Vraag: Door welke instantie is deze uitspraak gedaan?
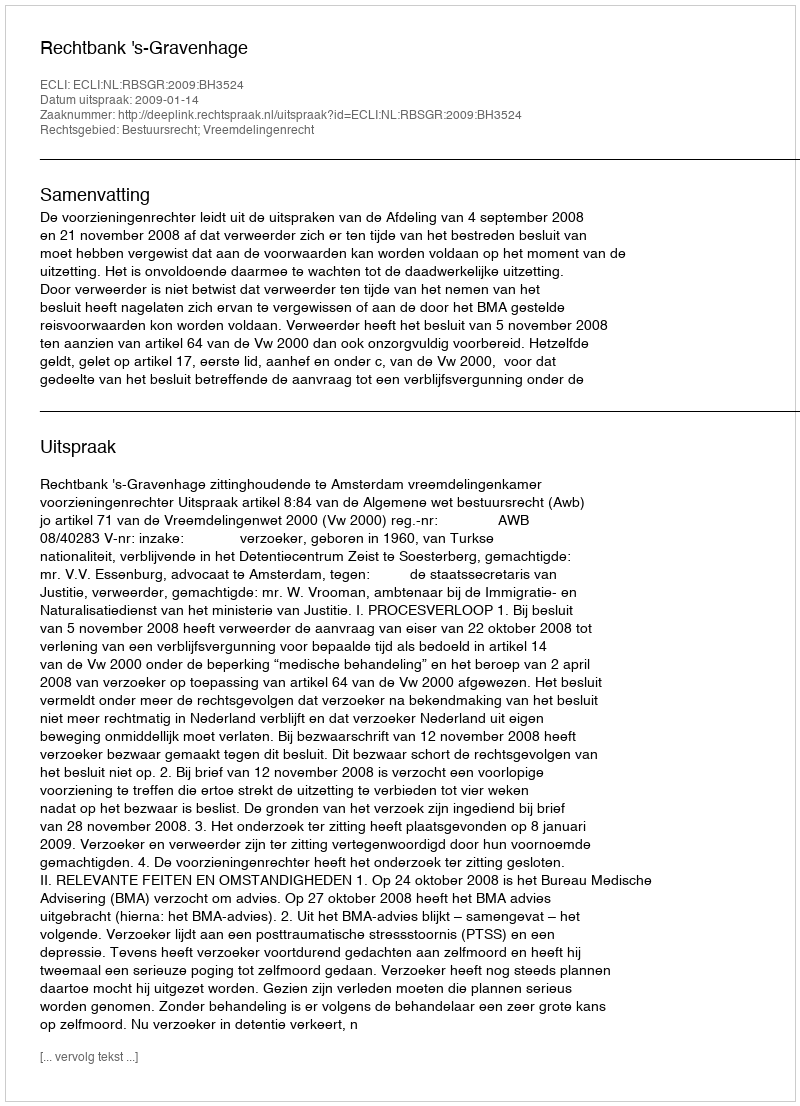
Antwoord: Rechtbank 's-Gravenhage